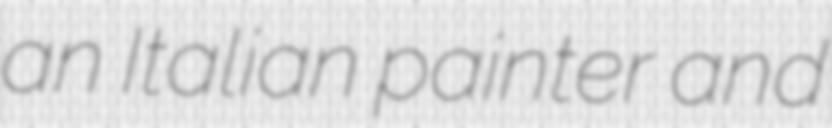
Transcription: an Italian painter and